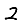
Digit: 2